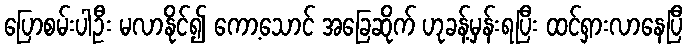
ပြောစမ်းပါဦး မလာနိုင်၍ ကော့သောင် အခြေဆိုက် ဟုခန့်မှန်းရပြီး ထင်ရှားလာနေပြီ